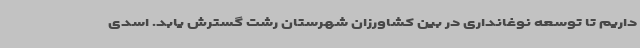
داریم تا توسعه نوغانداری در بین کشاورزان شهرستان رشت گسترش یابد. اسدی